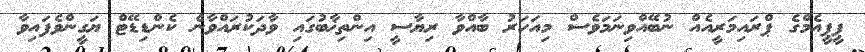
ޕީޕީއެމްގެ ޕްރައިމަރީއެއް ނުބޭއްވިނަމަވެސް މިއަހަރު ބާއްވާ ރިޔާސީ އިންތިޚާބުގައި ވާދަކުރައްވާނެ ކެންޑިޑޭޓް ޔަގީންވެފައިވާ